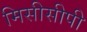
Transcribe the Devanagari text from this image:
मिसीसीपी